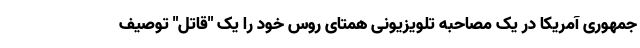
جمهوری آمریکا در یک مصاحبه تلویزیونی همتای روس خود را یک "قاتل" توصیف